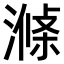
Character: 𣼝